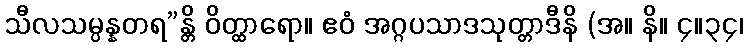
သီလသမ္ပန္နတရ”န္တိ ဝိတ္ထာရော။ ဧဝံ အဂ္ဂပသာဒသုတ္တာဒီနိ (အ။ နိ။ ၄။၃၄၊